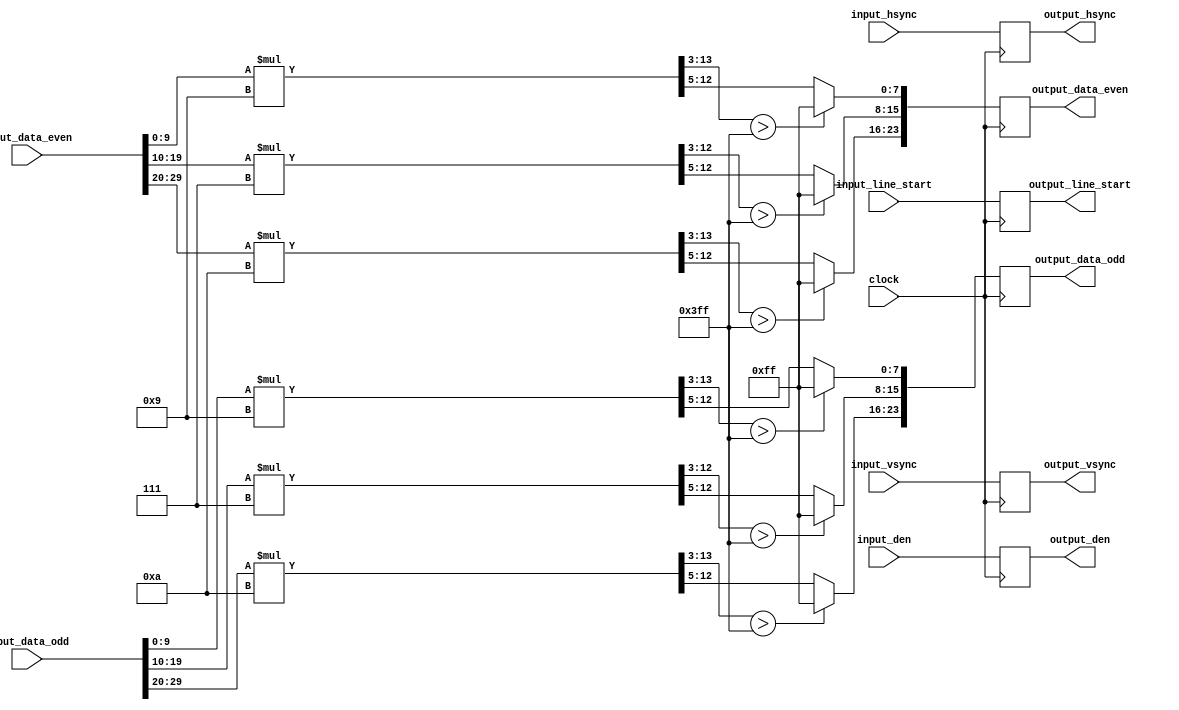
// ==================================================
//  ____         _                ____                      
// | __ )  _ __ (_)  __ _  _ __  / ___|  _   _  _ __    ___ 
// |  _ \ | '__|| | / _` || '_ \ \___ \ | | | || '_ \  / _ \
// | |_) || |   | || (_| || | | | ___) || |_| || | | ||  __/
// |____/ |_|   |_| \__,_||_| |_||____/  \__,_||_| |_| \___|
//                                                          
// ==================================================
// Programed By: BrianSune
// Contact: briansune@gmail.com
// ==================================================

`timescale 1ns / 1ps

module image_gain_wb#(
	parameter red_gain = 10,
	parameter green_gain = 7,
	parameter blue_gain = 9
)(
	input wire			clock,
    input wire			input_hsync,
    input wire			input_vsync,
    input wire			input_den,
    input wire			input_line_start,
    input wire	[29:0]	input_data_even,
    input wire	[29:0]	input_data_odd,
	
    output reg			output_hsync,
    output reg			output_vsync,
    output reg			output_den,
    output reg			output_line_start,
    output reg	[23:0]	output_data_even,
    output reg	[23:0]	output_data_odd
);
	
	function automatic [10:0] channel_mul;
		input [9:0] ch;
		input [3:0] gain;
		
		reg [9:0] chvalue;
		reg [3:0] gvalue;
		reg [13:0] mul;
		begin
			chvalue = ch;
			gvalue = gain;
			mul = chvalue * gvalue;
			channel_mul = mul[13:3];
		end
	endfunction
	
	function automatic [7:0] clamp_to_8bit;
		input [10:0] inp;
		begin
			clamp_to_8bit = (inp > 11'd1023) ? 8'd255 : inp[9:2];
		end
	endfunction
	
	always@(posedge clock)begin
		output_vsync <= input_vsync;
		output_hsync <= input_hsync;
		output_den <= input_den;
		output_line_start <= input_line_start;
		
		output_data_even[7:0] <= clamp_to_8bit(channel_mul(input_data_even[9:0], blue_gain));
		output_data_even[15:8] <= clamp_to_8bit(channel_mul(input_data_even[19:10], green_gain));
		output_data_even[23:16] <= clamp_to_8bit(channel_mul(input_data_even[29:20], red_gain));
		
		output_data_odd[7:0] <= clamp_to_8bit(channel_mul(input_data_odd[9:0], blue_gain));
		output_data_odd[15:8] <= clamp_to_8bit(channel_mul(input_data_odd[19:10], green_gain));
		output_data_odd[23:16] <= clamp_to_8bit(channel_mul(input_data_odd[29:20], red_gain));
	end
	
endmodule